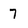
Character: 7